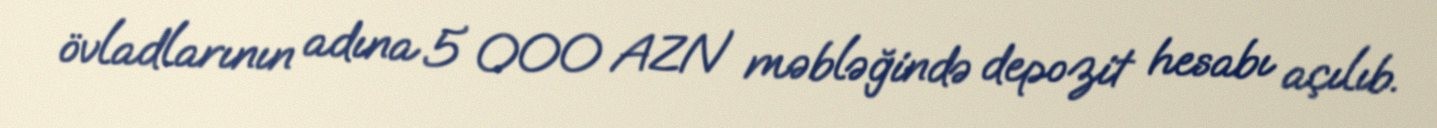
övladlarının adına 5 000 AZN məbləğində depozit hesabı açılıb.